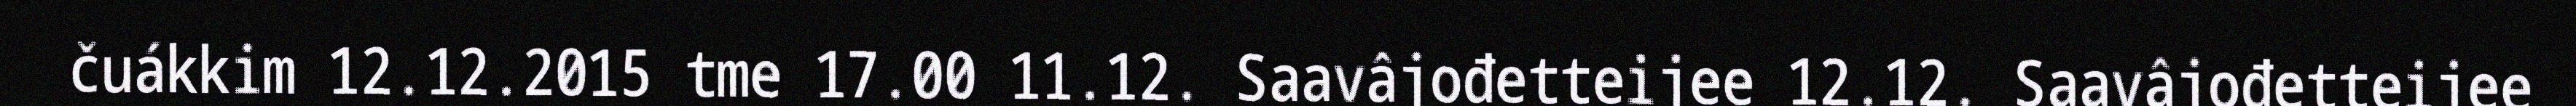
čuákkim 12.12.2015 tme 17.00 11.12. Saavâjođetteijee 12.12. Saavâjođetteijee